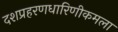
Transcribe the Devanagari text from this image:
दशप्रहरणधारिणीकमला